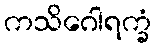
ကသိဂေါရက္ခံ